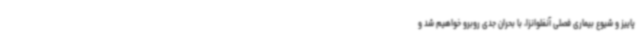
پاییز و شیوع بیماری فصلی آنفلوانزا، با بحران جدی روبرو خواهیم شد و